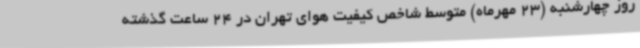
روز چهارشنبه (23 مهرماه) متوسط شاخص کیفیت هوای تهران در 24 ساعت گذشته